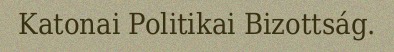
Katonai Politikai Bizottság.